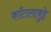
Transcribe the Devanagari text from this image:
काँटालाबुट्टे